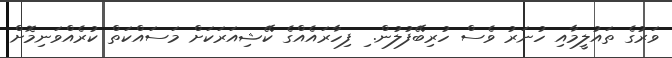
ވަރުގެ ތައުލީމާއި ހުނަރު ވެސް ހުރިބޭފުލުން. ިިިިިިިިިިިިިިިިިިިިިިިިިިިިިިިިިިިިިިިިިިިިިިިިިިިިިިިިިި ފިހާރައެއްގެ ކޭޝިއަރަކަށް މަސައްކަތް ކުރެއްވަނިމޮށް